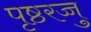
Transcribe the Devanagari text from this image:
पृष्ठरज्जु